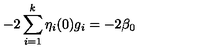
- 2 \sum _ { i = 1 } ^ { k } \eta _ { i } ( 0 ) g _ { i } = - 2 \beta _ { 0 }